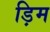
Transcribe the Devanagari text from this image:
ड़िम